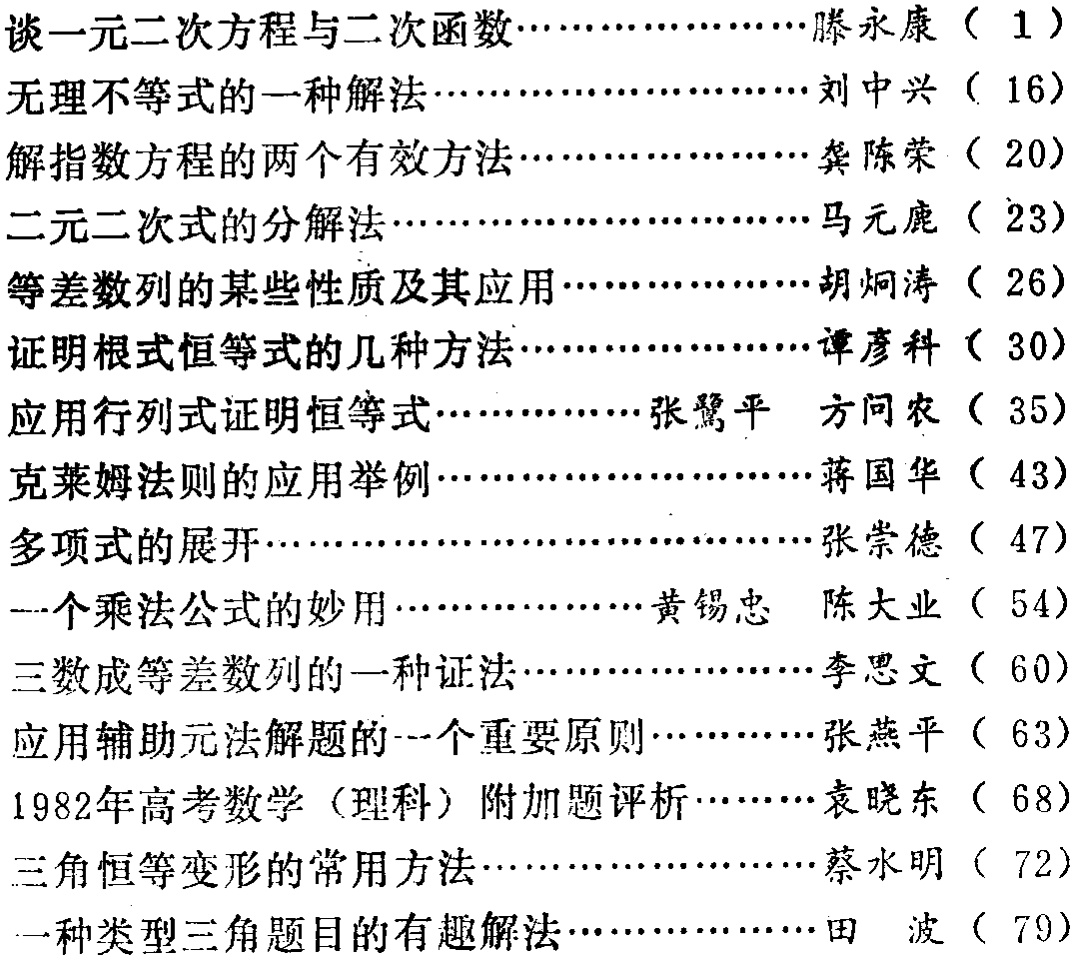
\begin{enumerate}

\item 谈一元二次方程与二次函数……滕永康（ 1 ）

\item 无理不等式的一种解法……刘中兴（ 16）

\item 解指数方程的两个有效方法……龚陈荣（ 20）

\item 二元二次式的分解法……马元鹿（ 23）

\item 等差数列的某些性质及其应用……胡炯涛（ 26）

\item 证明根式恒等式的几种方法……谭彦科（ 30）

\item 应用行列式证明恒等式……张鹭平 方问农（ 35）

\item 克莱姆法则的应用举例……蒋国华（ 43）

\item 多项式的展开……张崇德（ 47）

\item 一个乘法公式的妙用……黄锡忠 陈大业（ 54）

\item 三数成等差数列的一种证法……李思文（ 60）

\item 应用辅助元法解题的一个重要原则……张燕平（ 63）

\item 1982年高考数学（理科）附加题评析……袁晓东（ 68）

\item 三角恒等变形的常用方法……蔡水明（ 72）

\item 一种类型三角题目的有趣解法……田 波（ 79）

\end{enumerate}